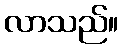
လာသည်။